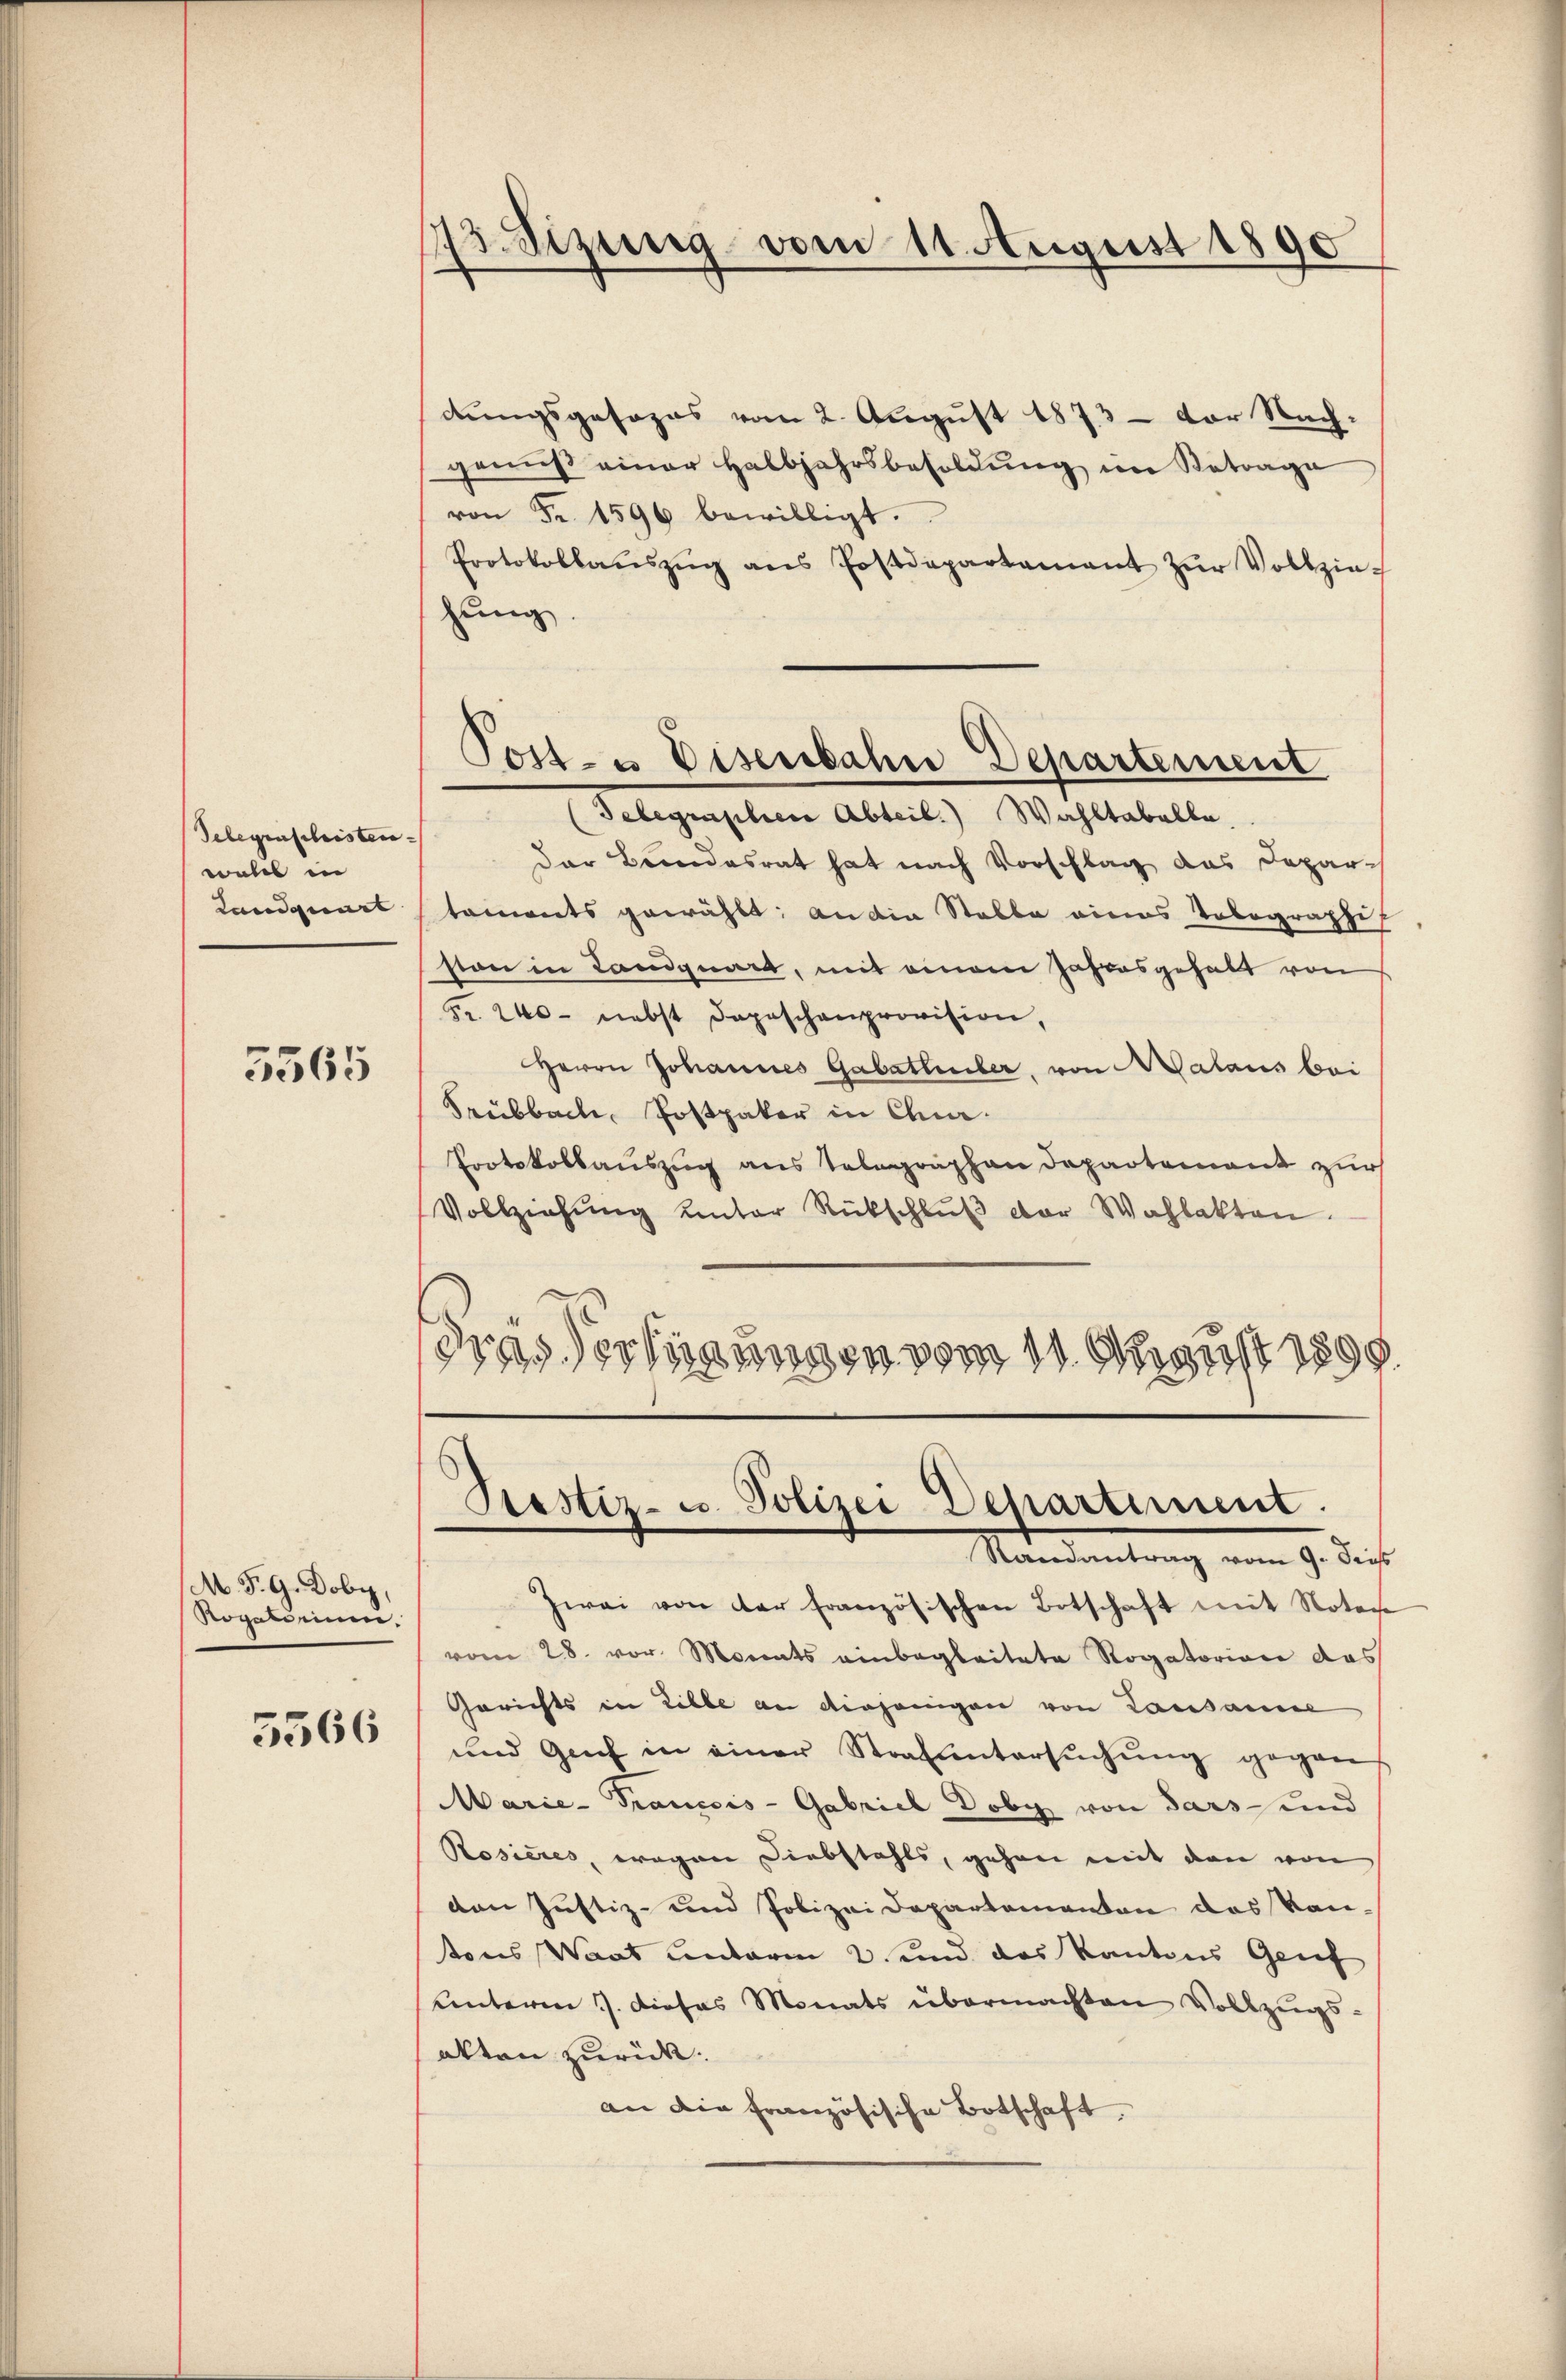
Gelegenschristen- |
wall in
Landquart

5565

M. P. G. Doby,
Rogatorium.

5566

¬
Sezung vom 11. August 1890

dungsgesages vom 2. August 1873 - vor Nach-
gemäß einer Halbjahrsbesoldung im Betrage
von Fr. 1596 bewilligt.
Protokollaŭszŭg ans Postdepartamant zŭr Vollzie-
zung
Telegraphen Abteil. Wahltabelbe.
der Brandesrat hat nach Vorschlag das Depar
taments gewählt; an die Stobbe eines Telegraphis
ston in Landquart, mit einem Jahresgehalt von
Fr. 240 - nebst Depeschenprovision,
Herrn Johannes Gabattuler, von Walaus bei
Srubbach, Postpaker in Char¬
Protokollauszug aus Telegraphen Departement zur
Vollziehung unter Rückschlŭβ der Wahlakten.
drassertigungen vom 11. Sonst 1890.

Post- & Eisenbahn Departement

Prestiz- u. Polizei Departiment.
Mandantung vom 9. dies

Zwei von der französischen Botschaft mit Noter
vom 28. vor Monats einbegleitete Rogatoriane das
Gerichts in Liebe an diejenigen von Lausanne
und Genf in einer Strafuntersŭchŭng gegen
Marie-Trancois-Gabriel Doby von Sars- und
Rosieres, wegen Diebstahls, gehen mit den von
den Justiz- und Polizei Departementen das kan-
stones Waat unterm 2. und das Kantons Grief
unterm 7. dieses Monats übermachten Vollzugs-
akten zurück.
an die Französische Botschaft,